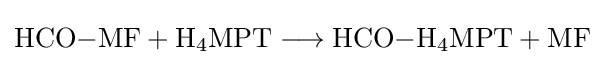
{\mathrm {HCO} {-}\mathrm {MF} {}+{}\mathrm {H} {\vphantom {A}}_{\smash[{t}]{4}}\mathrm {MPT} {}\mathrel {\longrightarrow } {}\mathrm {HCO} {-}\mathrm {H} {\vphantom {A}}_{\smash[{t}]{4}}\mathrm {MPT} {}+{}\mathrm {MF} }